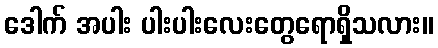
ဒေါက် အပါး ပါးပါးလေးတွေရောရှိသလား။